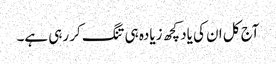
آج کل ان کی یاد کچھ زیادہ ہی تنگ کر رہی ہے۔